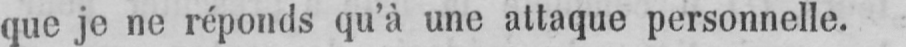
que je ne réponds qu’à une attaque personnelle.